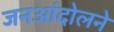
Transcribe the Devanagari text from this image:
जनआंदोलने